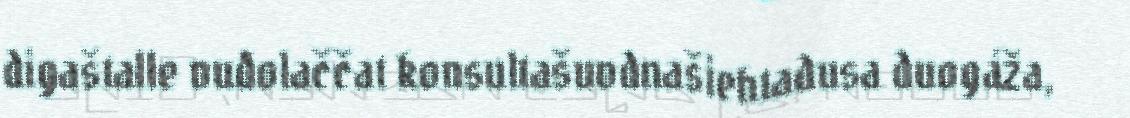
digaštalle vuđolaččat konsultašuvdnašiehtadusa duogáža,